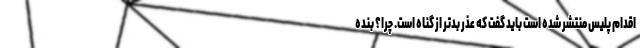
اقدام پلیس منتشر شده است باید گفت که عذر بدتر از گناه است. چرا؟ بنده